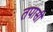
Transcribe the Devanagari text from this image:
तपासी